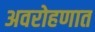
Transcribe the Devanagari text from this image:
अवरोहणात